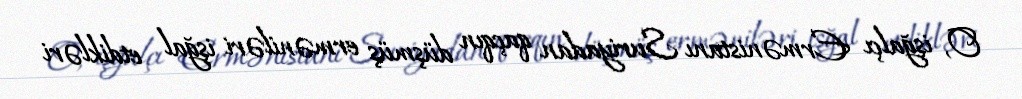
O, işğalçı Ermənistanı Suriyadan qaçqın düşmüş erməniləri işğal etdikləri